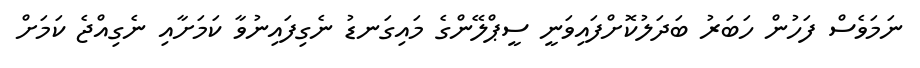
ނަމަވެސް ފަހުން ހަބަރު ބަދަލުކޮށްފައިވަނީ ސީޕްލޭންގެ މައިގަނޑު ނެގިފައިނުވާ ކަމަށާއި ނެގިއްޖެ ކަމަށް